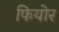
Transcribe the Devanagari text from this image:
फियोर